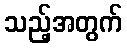
သည့်အတွက်